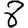
Digit: 8